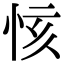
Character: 㤥